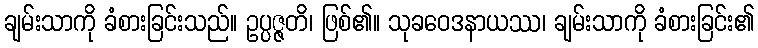
ချမ်းသာကို ခံစားခြင်းသည်။ ဥပ္ပဇ္ဇတိ၊ ဖြစ်၏။ သုခဝေဒနာယဿ၊ ချမ်းသာကို ခံစားခြင်း၏